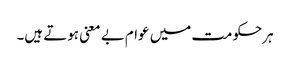
ہرحکومت میں عوام بے معنی ہوتے ہیں۔